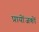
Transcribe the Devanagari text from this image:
प्रायोंजकों